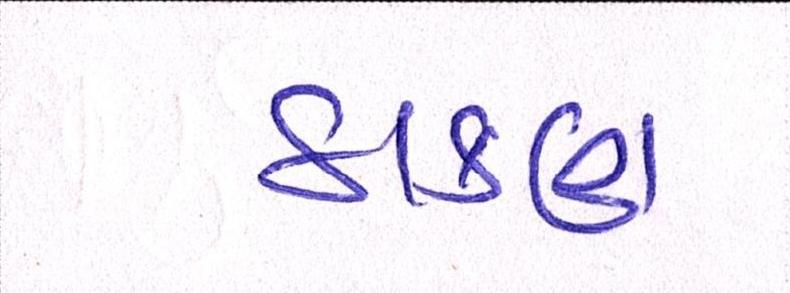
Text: ડાકણ